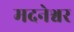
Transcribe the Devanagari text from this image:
मदनेश्वर